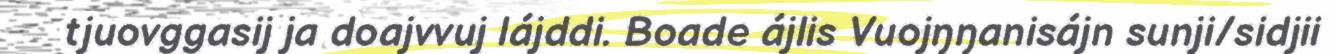
tjuovggasij ja doajvvuj lájddi. Boade ájlis Vuojŋŋanisájn sunji/sidjii